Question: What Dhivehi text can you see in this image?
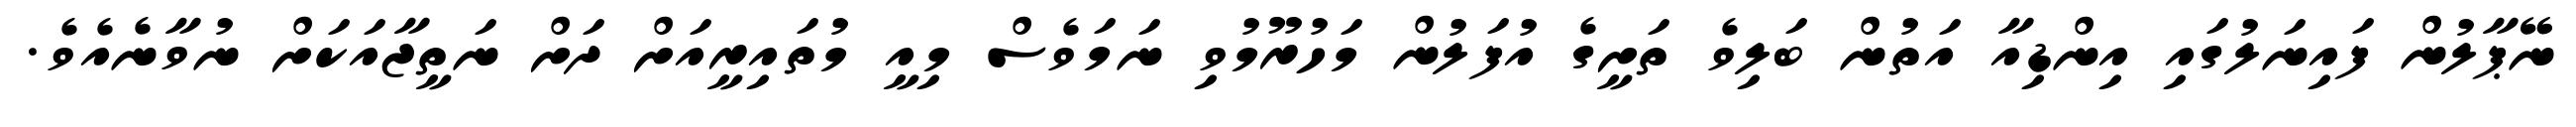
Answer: ނޭޕާލުން ފައިނަލުގައި އިންޑިއާ އަތުން ބަލިވެ ތަށީގެ އުފަލުން މަހުރޫމުވި ނަމަވެސް މިއީ މުތައިރީއަށް ދަށް ނަތީޖާއަކަށް ނުވާނެއެވެ.